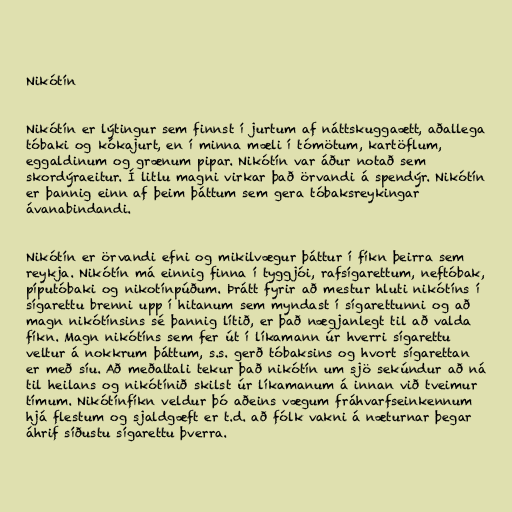
Nikótín

Nikótín er lýtingur sem finnst í jurtum af náttskuggaætt, aðallega
tóbaki og kókajurt, en í minna mæli í tómötum, kartöflum,
eggaldinum og grænum pipar. Nikótín var áður notað sem
skordýraeitur. Í litlu magni virkar það örvandi á spendýr. Nikótín
er þannig einn af þeim þáttum sem gera tóbaksreykingar
ávanabindandi.

Nikótín er örvandi efni og mikilvægur þáttur í fíkn þeirra sem
reykja. Nikótín má einnig finna í tyggjói, rafsígarettum, neftóbak,
píputóbaki og nikotínpúðum. Þrátt fyrir að mestur hluti nikótíns í
sígarettu brenni upp í hitanum sem myndast í sígarettunni og að
magn nikótínsins sé þannig lítið, er það nægjanlegt til að valda
fíkn. Magn nikótíns sem fer út í líkamann úr hverri sígarettu
veltur á nokkrum þáttum, s.s. gerð tóbaksins og hvort sígarettan
er með síu. Að meðaltali tekur það nikótín um sjö sekúndur að ná
til heilans og nikótínið skilst úr líkamanum á innan við tveimur
tímum. Nikótínfíkn veldur þó aðeins vægum fráhvarfseinkennum
hjá flestum og sjaldgæft er t.d. að fólk vakni á næturnar þegar
áhrif síðustu sígarettu þverra.